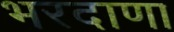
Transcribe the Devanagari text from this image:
भरदाणा